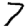
Digit: 7